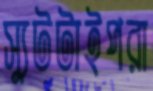
স্যুটটাইপরা